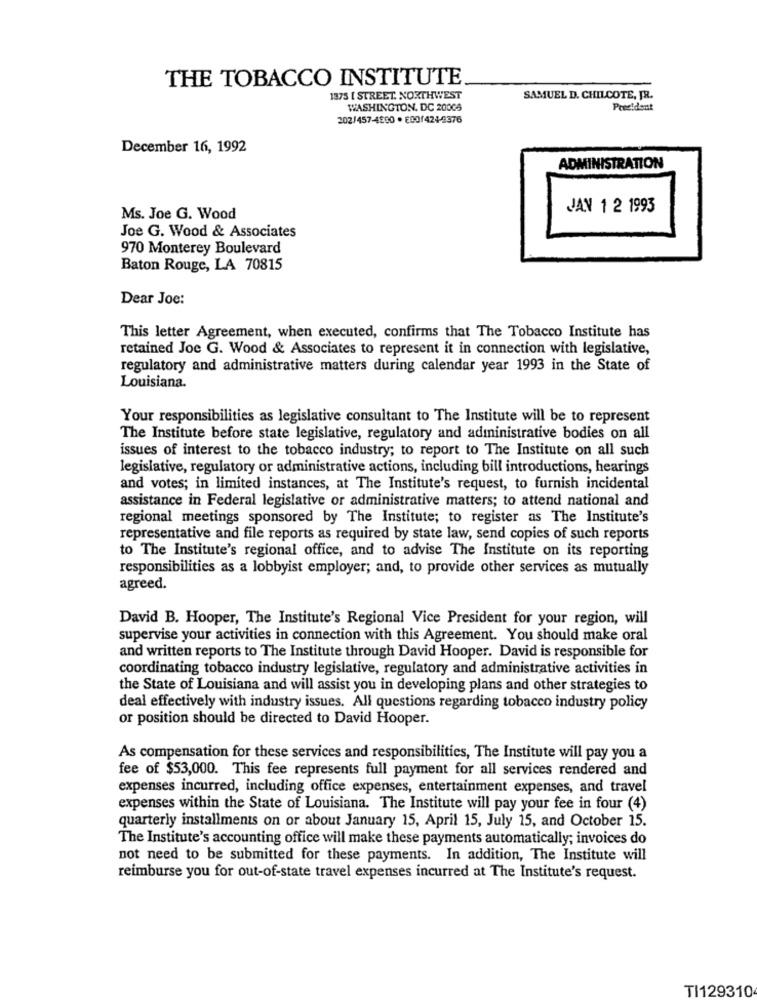
THE TOBACCO INSTITUTE
1375 [ STREET. NORTHWEST
SAMUEL D. CHILCOTE, JR.
WASHINGTON, DC 20008
202/457-4800 · E00/424-2376
December 16, 1992
ADMINISTRATION
JAN 1 2 1993
Ms. Joe G. Wood
Joe G. Wood & Associates
970 Monterey Boulevard
Baton Rouge, LA 70815
Dear Joe:
This letter Agreement, when executed, confirms that The Tobacco Institute has
retained Joe G. Wood & Associates to represent it in connection with legislative,
regulatory and administrative matters during calendar year 1993 in the State of
Louisiana.
Your responsibilities as legislative consultant to The Institute will be to represent
The Institute before state legislative, regulatory and administrative bodies on all
issues of interest to the tobacco industry; to report to The Institute on all such
legislative, regulatory or administrative actions, including bill introductions, hearings
and votes; in limited instances, at The Institute's request, to furnish incidental
assistance in Federal legislative or administrative matters; to attend national and
regional meetings sponsored by The Institute; to register as The Institute's
representative and file reports as required by state law, send copies of such reports
to The Institute's regional office, and to advise The Institute on its reporting
responsibilities as a lobbyist employer; and, to provide other services as mutually
agreed.
David B. Hooper, The Institute's Regional Vice President for your region, will
supervise your activities in connection with this Agreement. You should make oral
and written reports to The Institute through David Hooper. David is responsible for
coordinating tobacco industry legislative, regulatory and administrative activities in
the State of Louisiana and will assist you in developing plans and other strategies to
deal effectively with industry issues. All questions regarding tobacco industry policy
or position should be directed to David Hooper.
As compensation for these services and responsibilities, The Institute will pay you a
fee of $53,000. This fee represents full payment for all services rendered and
expenses incurred, including office expenses, entertainment expenses, and travel
expenses within the State of Louisiana. The Institute will pay your fee in four (4)
quarterly installments on or about January 15, April 15, July 15, and October 15.
The Institute's accounting office will make these payments automatically; invoices do
not need to be submitted for these payments. In addition, The Institute will
reimburse you for out-of-state travel expenses incurred at The Institute's request.
TI129310